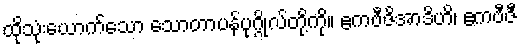
ထိုသုံးယောက်သော သောတာပန်ပုဂ္ဂိုလ်တို့ကို။ ဧကဗီဇိအာဒိဟိ၊ ဧကဗီဇီ